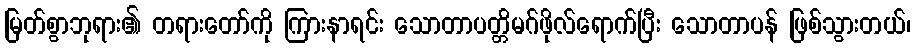
မြတ်စွာဘုရား၏ တရားတော်ကို ကြားနာရင်း သောတာပတ္တိမဂ်ဖိုလ်ရောက်ပြီး သောတာပန် ဖြစ်သွားတယ်၊